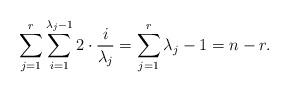
LaTeX: \begin{align*}\sum _{j=1}^r\sum _{i=1}^{\lambda _j-1} 2\cdot \frac{i}{\lambda _j}=\sum _{j=1}^r \lambda _j-1 = n -r .\end{align*}